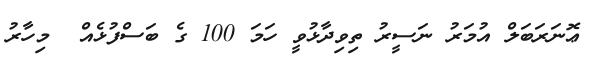
ޢޮނަރަބަލް އުމަރު ނަސީރު ތިވިދާޅުވީ ހަމަ 100 ގެ ބަސްފުޅެއް  މިހާރު